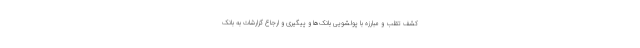
کشف تقلب و مبارزه با پولشویی بانک‌ها و پیگیری و ارجاع گزارشات به بانک